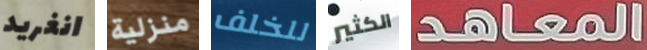
انغريد منزلية للخلف الكثير المعاهد